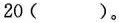
20()。